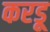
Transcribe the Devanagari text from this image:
करडू